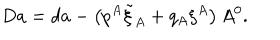
D a = d a - \left( p ^ { A } \tilde { \xi } _ { A } + q _ { A } \xi ^ { A } \right) A ^ { 0 } .